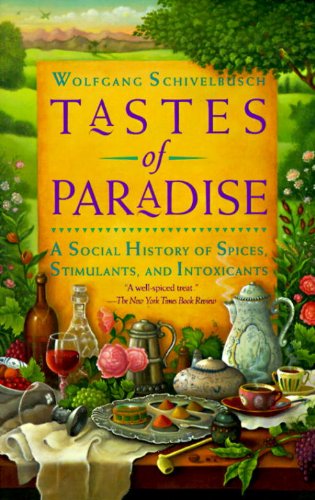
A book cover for Tastes of Paradise: A Social History of Spices, Stimulants, and Intoxicants; Wolfgang Schivelbusch; Politics & Social Sciences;